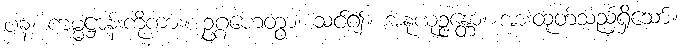
ပန၊ ကမ္မဋ္ဌာန်းကိုကား။ ဥဂ္ဂဟေတွာ၊ သင်၍။ အနုယုဉ္ဇန္တော၊ အားထုတ်သည်ရှိသော်။